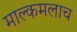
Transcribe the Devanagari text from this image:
माल्कमलाच